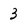
Character: 3